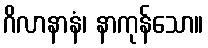
ဂိလာနာနံ၊ နာကုန်သော။